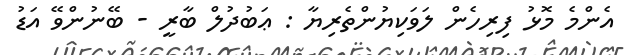
އެންމެ މޮޅު ފިރިހެން ލަވަކިޔުންތެރިޔާ : ޢަބުދުލް ބާރީ - ބޭނުންވޭ އަޑު